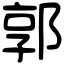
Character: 郭